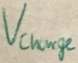
Text: Vcharge